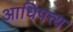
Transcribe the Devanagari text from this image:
आधिपत्त्य